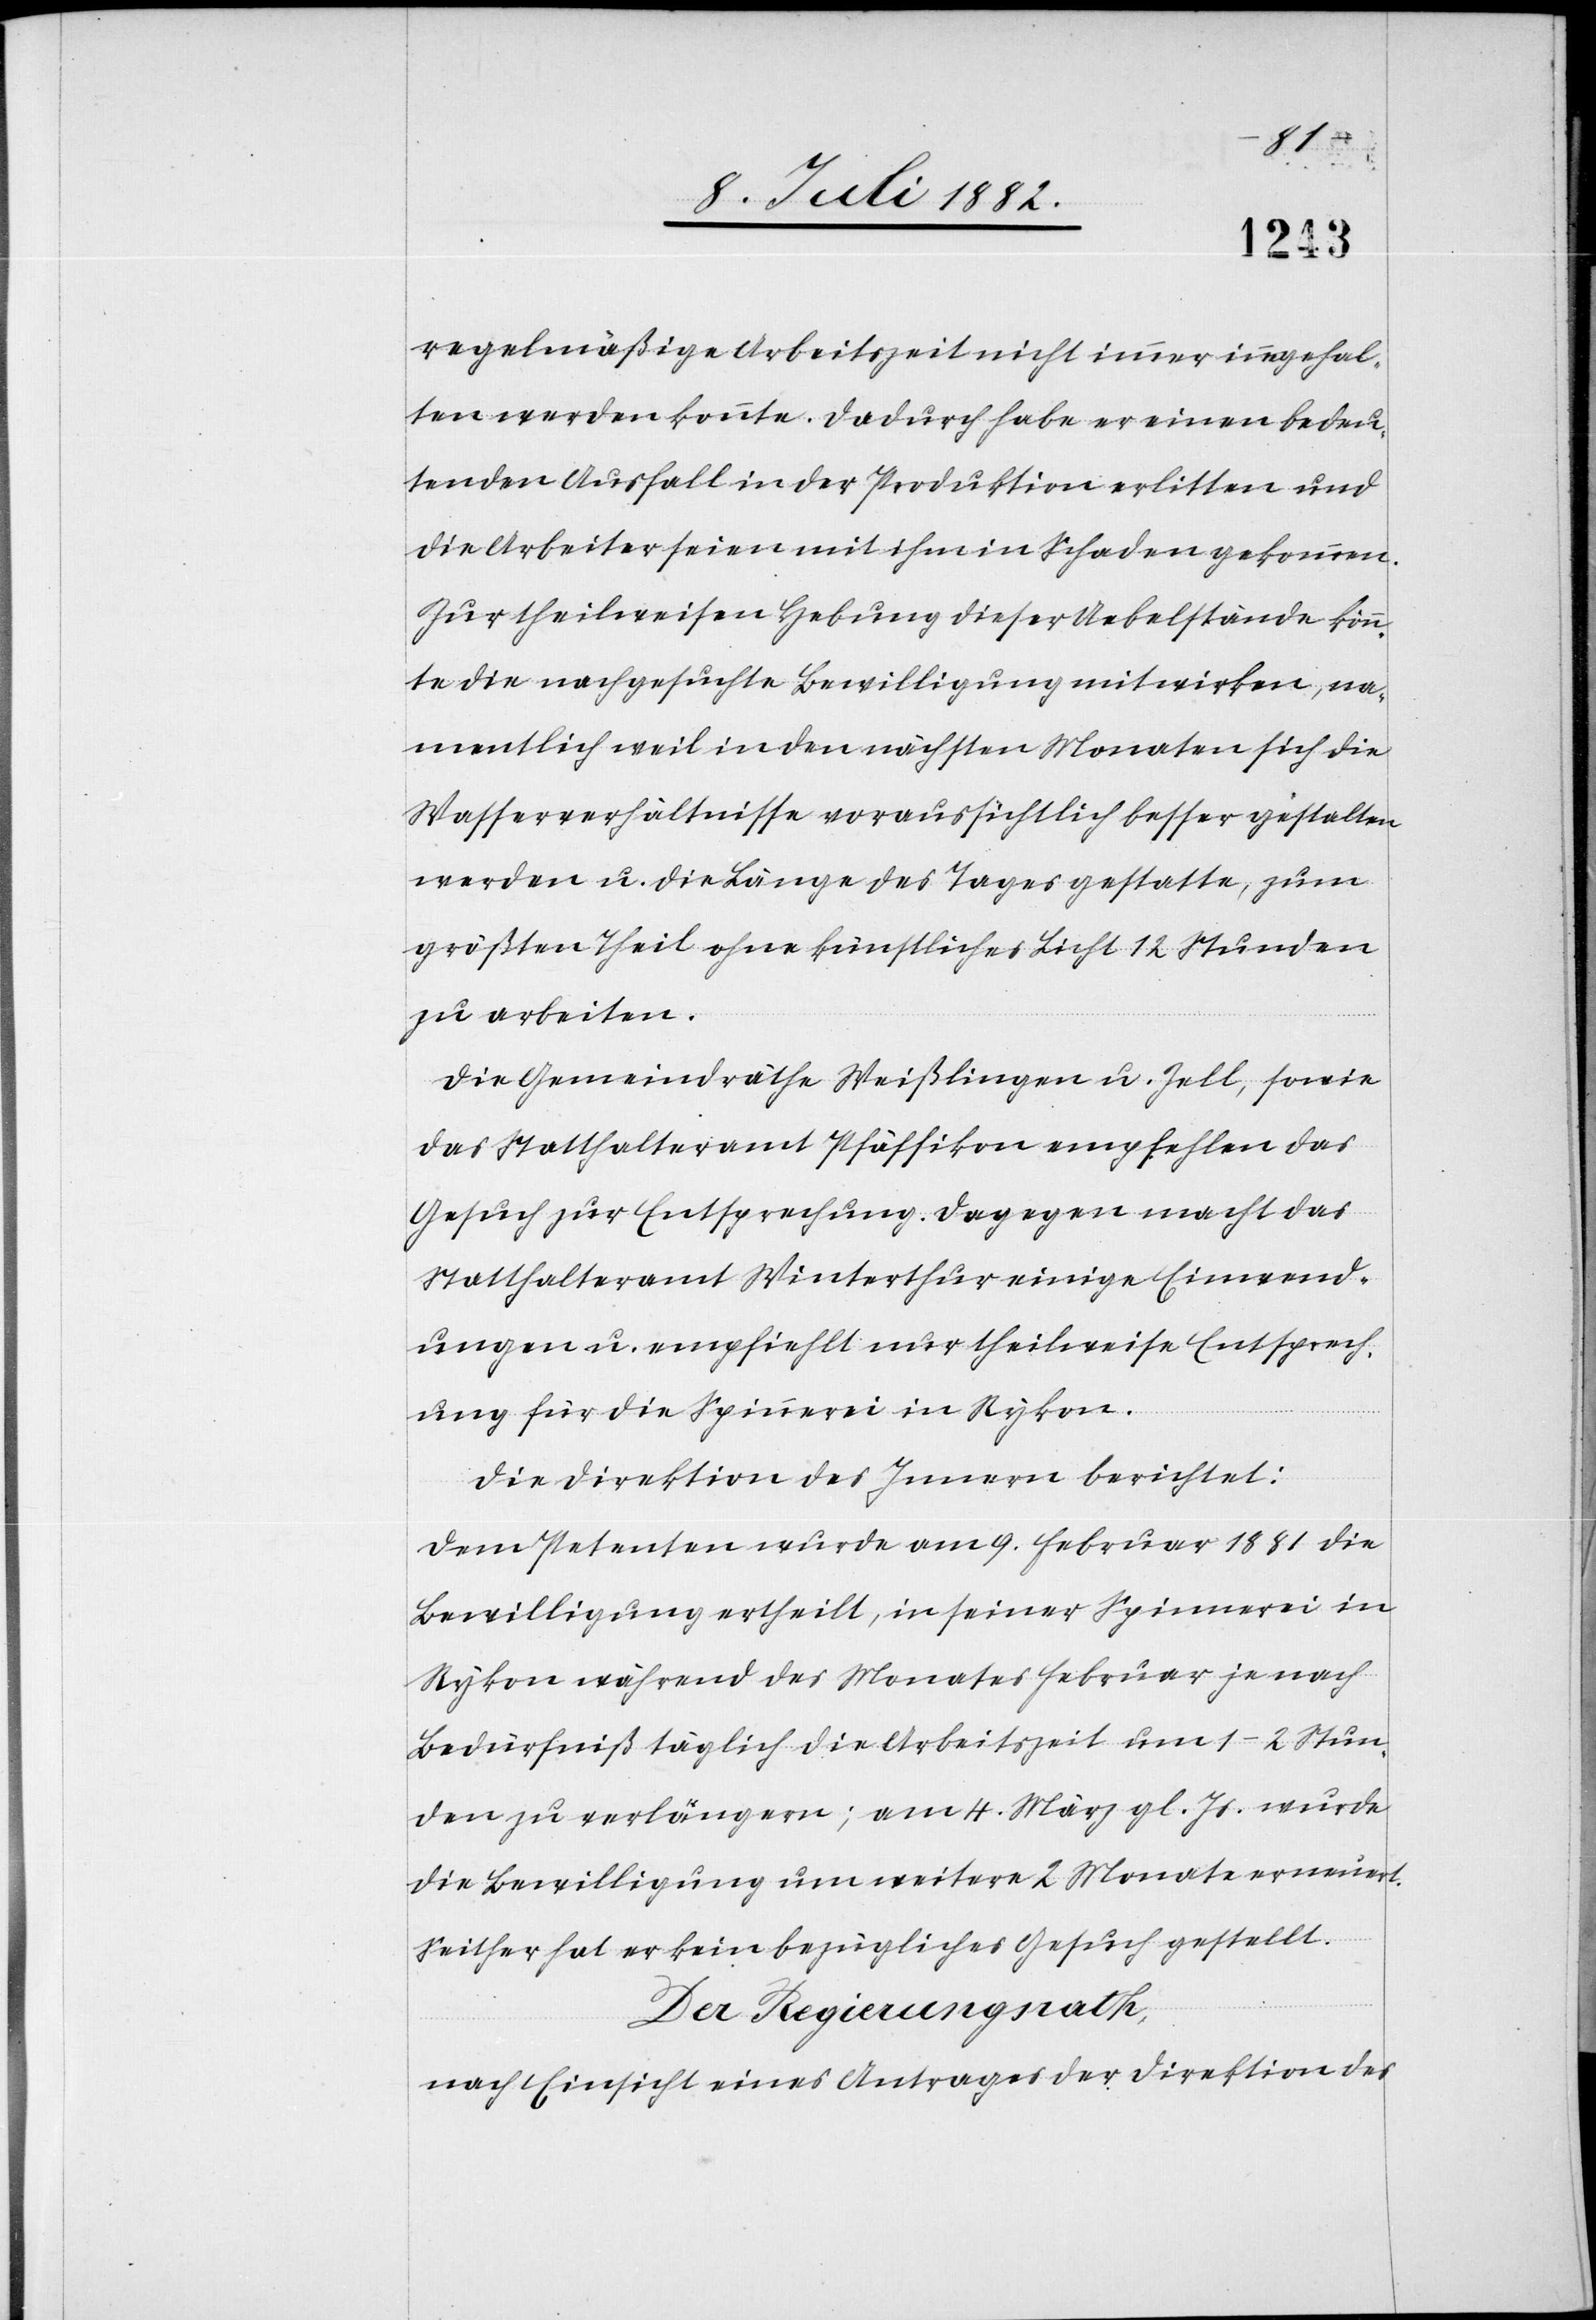
regelmäßige Arbeitszeit immer innegehal¬
ten werden konnte. Dadurch habe er einen bedeu¬
tenden Ausfall in der Produktion erlitten und
die Arbeiter seien mit ihm in Schaden gekommen.
Zur theilweisen Hebung dieser Uebelstände könn¬
te die nachgesuchte Bewilligung mitwirken, na¬
mentlich weil in den nächsten Monaten sich die
Wasserverhältnisse voraussichtlich besser gestalten
werden u. die Länge des Tages gestatte, um
größten Theil ohne künstliches Licht 12 Stunden
zu arbeiten.
Die Gemeindräthe Weißlingen u. Zell, sowie
das Statthalteramt Pfäffikon empfehlen das
Gesuch zur Entsprechung. Dagegen macht das
Statthalteramt Winterthur einige Einwend¬
ungen u. empfiehlt nur theilweise Entsprech¬
ung für die Spinnerei in Rykon.
Die Direktion des Innern berichtet:
Dem Petenten wurde am 9. Februar 1881 die
Bewilligung ertheilt, in seiner Spinnerei in
Rykon während des Monates Februar je nach
Bedürfniß täglich die Arbeitszeit um 1–2 Stun¬
den zu verlängern; am 4. März gl. Js. wurde
die Bewilligung um weitere 2 Monate erneuert.
Seither hat er kein bezügliches Gesuch gestellt.
Der Regierungsrath,
nach Einsicht eines Antrages der Direktion des